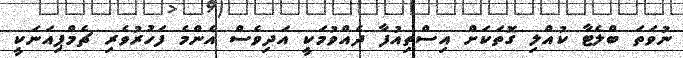
ނުވަތަ ބްލެޓާ ކުއްލި ގޮތަކަށް އިސްތިއުފާ ދެއްވުމަކީ އަދިވެސް އެންމެ ފަހުރުވެރި ޗެމްޕިއަނަކީ